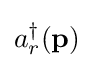
a_{r}^{\dagger }(\mathbf {p} )